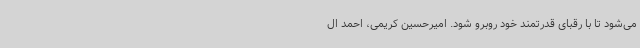
می‌شود تا با رقبای قدرتمند خود روبرو شود. امیرحسین کریمی، احمد ال